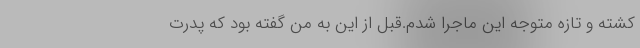
کشته و تازه متوجه این ماجرا شدم.قبل از این به من گفته بود که پدرت